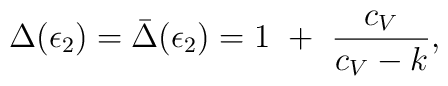
\Delta(\epsilon_2)=\bar\Delta(\epsilon_2)=1~+~{c_V\over c_V-k},